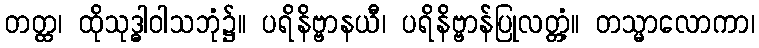
တတ္ထ၊ ထိုသုဒ္ဓါဝါသဘုံ၌။ ပရိနိဗ္ဗာနယီ၊ ပရိနိဗ္ဗာန်ပြုလတ္တံ့။ တသ္မာလောကာ၊